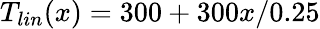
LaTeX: T_{lin}(x)=300+300x/0.25